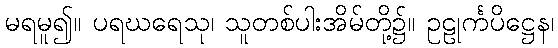
မရမူ၍။ ပရဃရေသု၊ သူတစ်ပါးအိမ်တို့၌။ ဥဠုင်္ကပိဋ္ဌေန၊